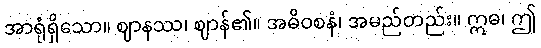
အာရုံရှိသော။ ဈာနဿ၊ ဈာန်၏။ အဓိဝစနံ၊ အမည်တည်း။ ဣဓ၊ ဤ